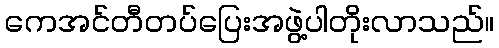
ကေအင်တီတပ်ပြေးအဖွဲ့ပါတိုးလာသည်။